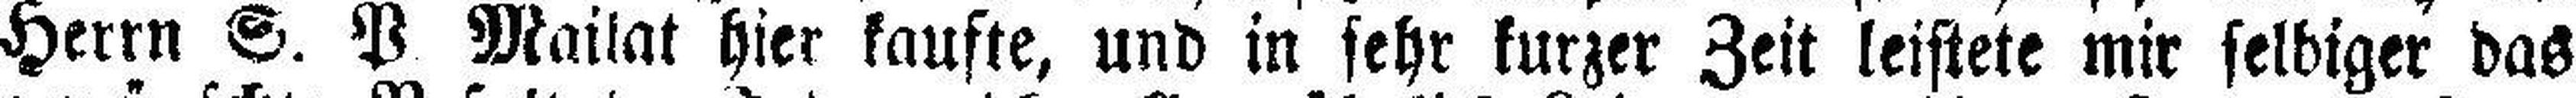
Herrn S. P Mailat hier kaufte, und in sehr kurzer Zeit leistete mir selbiger das